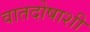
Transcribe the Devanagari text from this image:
वातदोषाशी